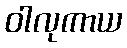
ဝါလုကာယ